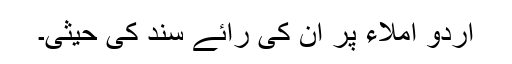
اردو املاء پر ان کی رائے سند کی حیثی۔